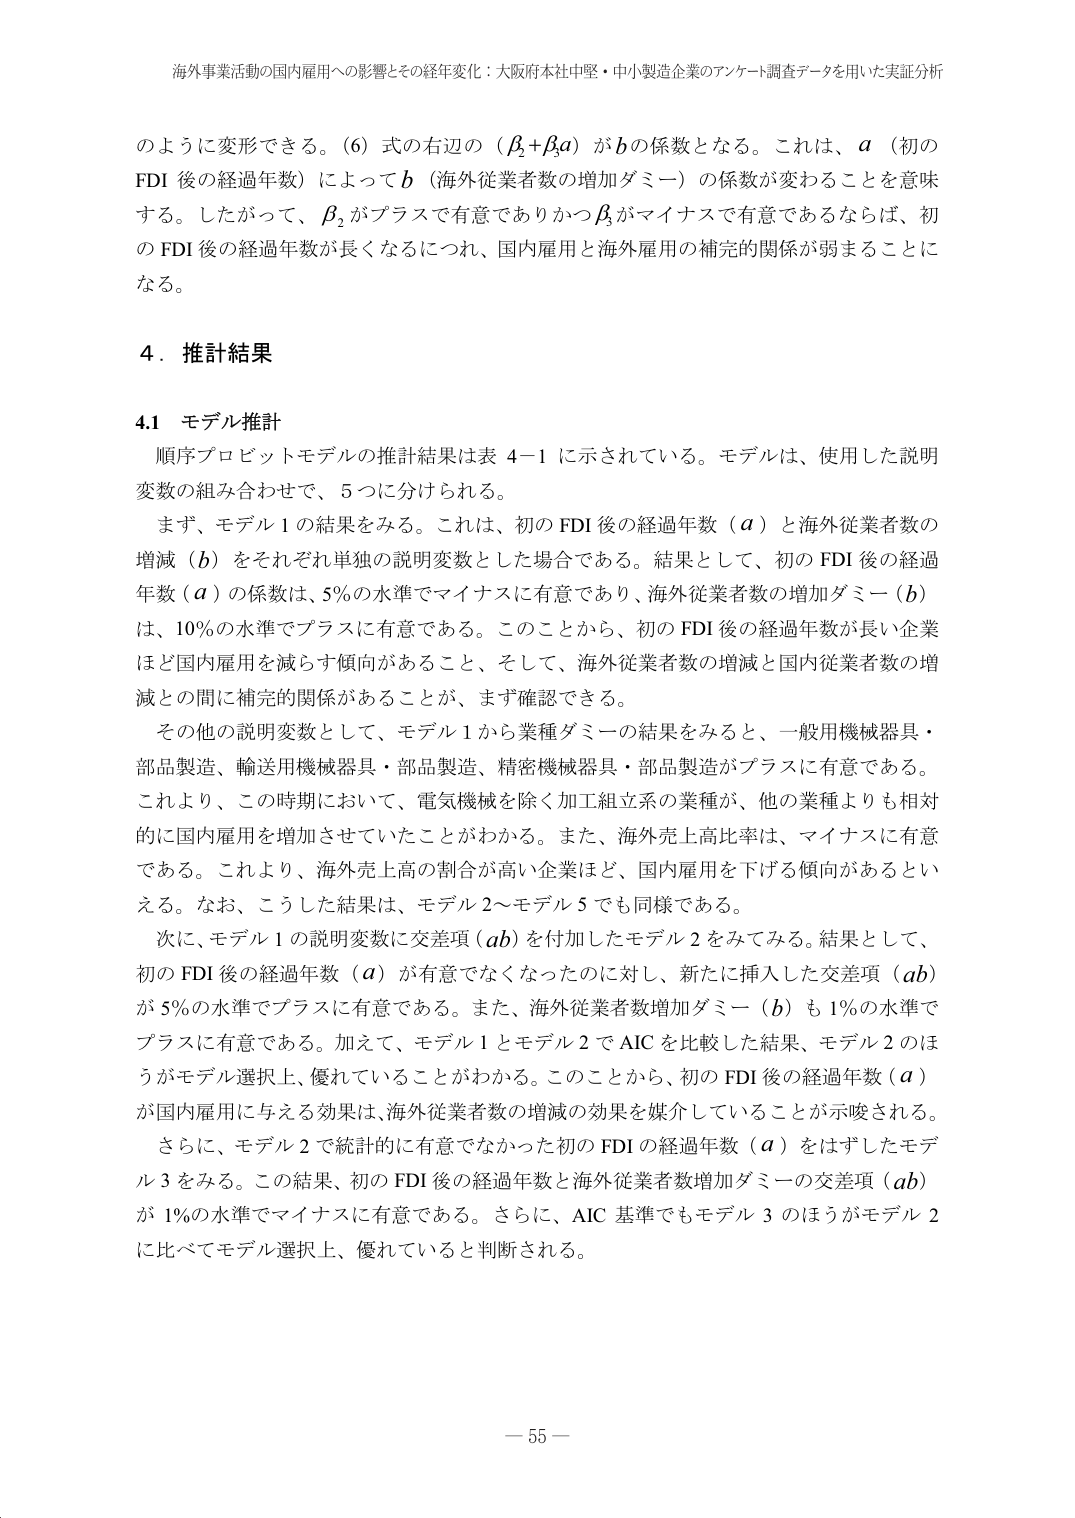
海外事業活動の国内雇用への影響とその経年変化：大阪府本社中堅・中小製造企業のアンケート調査データを用いた実証分析

のように変形できる。（6）式の右辺の（β₂+β₃a）がbの係数となる。これは、a（初のFDI後の経過年数）によってb（海外従業者数の増加ダミー）の係数が変わることを意味する。したがって、β₂がプラスで有意でありかつβ₃がマイナスで有意であるならば、初のFDI後の経過年数が長くなるにつれ、国内雇用と海外雇用の補完的関係が弱まることになる。

4．推計結果

4.1 モデル推計

順序プロビットモデルの推計結果は表4-1に示されている。モデルは、使用した説明変数の組み合わせで、5つに分けられる。

まず、モデル1の結果をみる。これは、初のFDI後の経過年数（a）と海外従業者数の増減（b）をそれぞれ単独の説明変数とした場合である。結果として、初のFDI後の経過年数（a）の係数は、5％の水準でマイナスに有意であり、海外従業者数の増加ダミー（b）は、10％の水準でプラスに有意である。このことから、初のFDI後の経過年数が長い企業ほど国内雇用を減らす傾向があること、そして、海外従業者数の増減と国内従業者数の増減との間に補完的関係があることが、まず確認できる。

その他の説明変数として、モデル1から業種ダミーの結果をみると、一般用機械器具・部品製造、輸送用機械器具・部品製造、精密機械器具・部品製造がプラスに有意である。これより、この時期において、電気機械を除く加工組立系の業種が、他の業種よりも相対的に国内雇用を増加させていたことがわかる。また、海外売上高比率は、マイナスに有意である。これより、海外売上高の割合が高い企業ほど、国内雇用を下げる傾向があるといえる。なお、こうした結果は、モデル2～モデル5でも同様である。

次に、モデル1の説明変数に交差項（ab）を付加したモデル2をみてみる。結果として、初のFDI後の経過年数（a）が有意でなくなったのに対し、新たに挿入した交差項（ab）が5％の水準でプラスに有意である。また、海外従業者数増加ダミー（b）も1％の水準でプラスに有意である。加えて、モデル1とモデル2でAICを比較した結果、モデル2のほうがモデル選択上、優れていることがわかる。このことから、初のFDI後の経過年数（a）が国内雇用に与える効果は、海外従業者数の増減の効果を媒介していることが示唆される。

さらに、モデル2で統計的に有意でなかった初のFDIの経過年数（a）をはずしたモデル3をみる。この結果、初のFDI後の経過年数と海外従業者数増加ダミーの交差項（ab）が1％の水準でマイナスに有意である。さらに、AIC基準でもモデル3のほうがモデル2に比べてモデル選択上、優れていると判断される。

－ 55 －